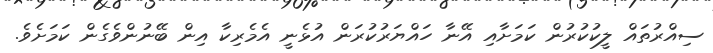
ސިއްރުތައް ލީކުކުރުން ކަމަށާއި އޭނާ ހައްޔަރުކުރަން އުޅެނީ އެމެރިކާ އިން ބޭނުންވެގެން ކަމަށެވެ.